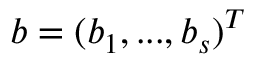
b = ( b _ { 1 } , . . . , b _ { s } ) ^ { T }